65_HS1-834228961_62-HQ-83894_Section_9
Agency: FBI
Page 138
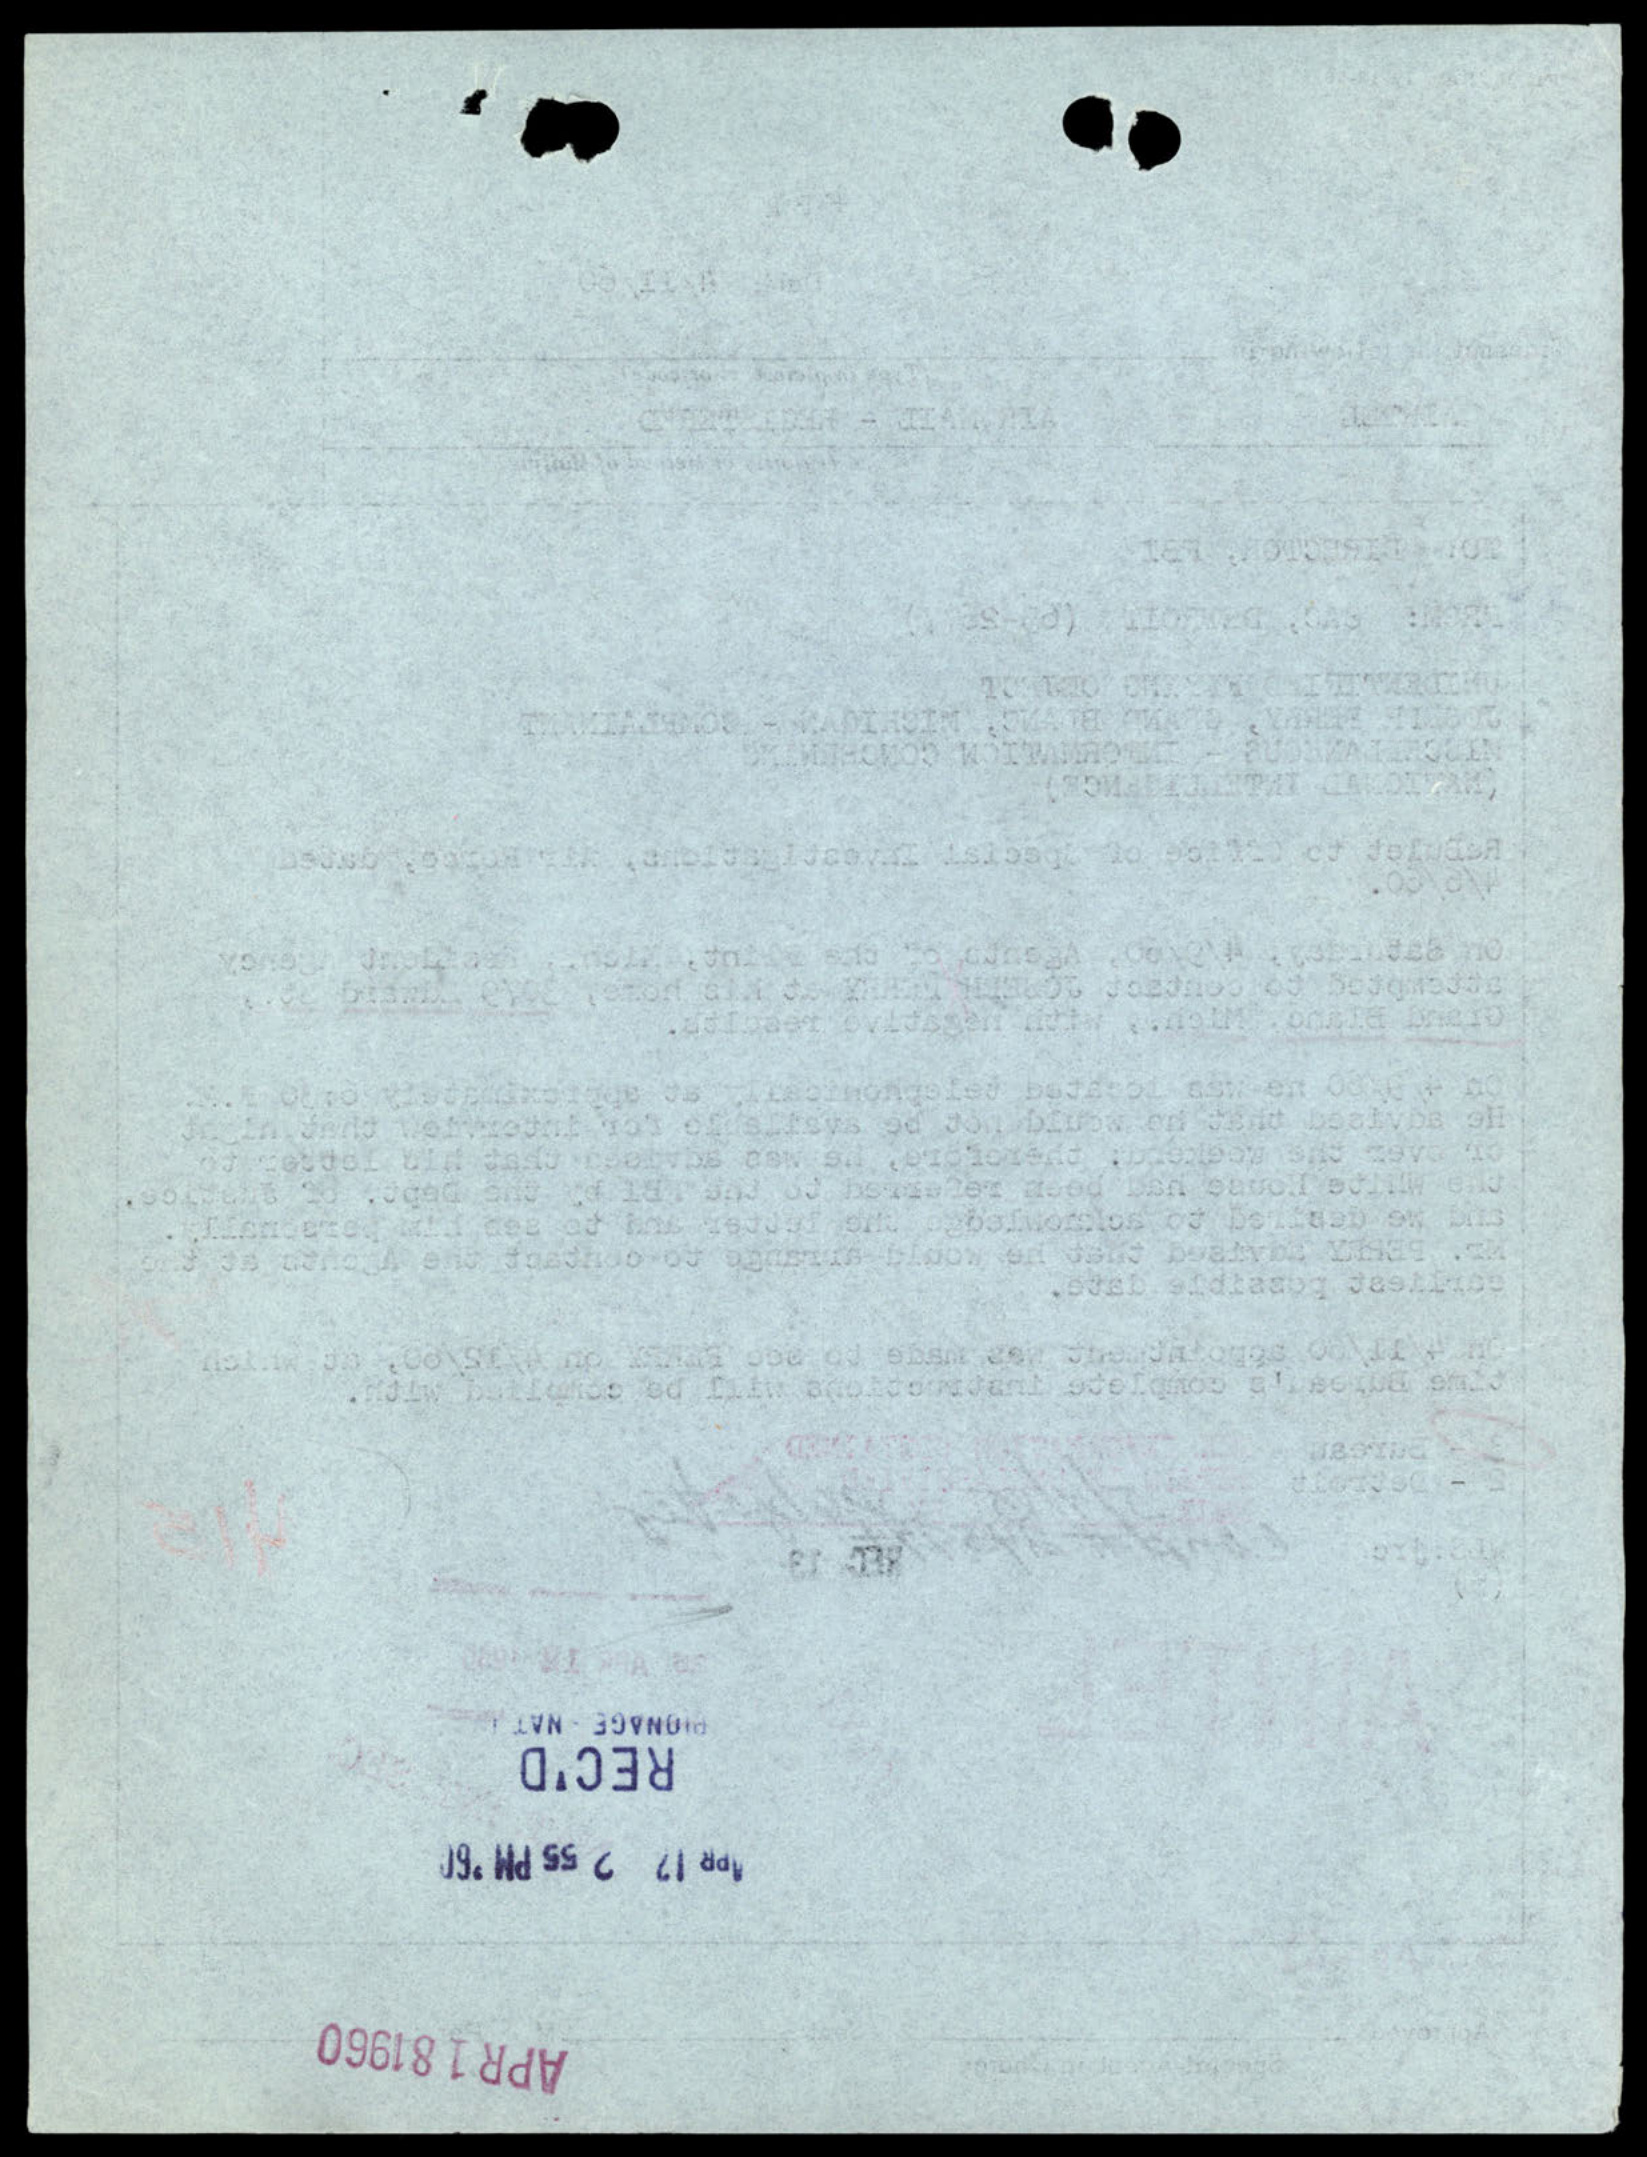